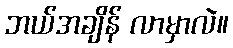
ဘယ်အချိန် လာမှာလဲ။